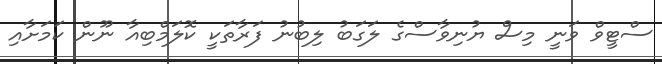
ސްޓީވް ވަނީ މިސް ޔުނިވާސްގެ ލަގަބު ލިބުނު ފަރާތަކީ ކޮލަމްބިއާ ނޫން ކަމަށާއި